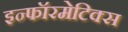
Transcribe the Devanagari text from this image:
इन्‍फॉरमेटिक्‍स